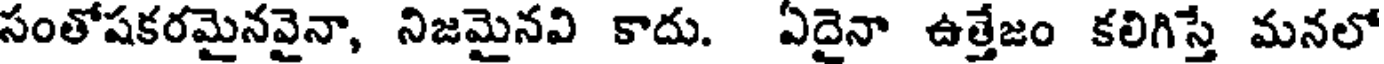
సంతోషకరమైనవైనా, నిజమైనవి కాదు. ఏదైనా ఉత్తేజం కలిగిస్తే మనలో